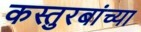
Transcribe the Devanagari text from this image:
कस्तुरबांच्या